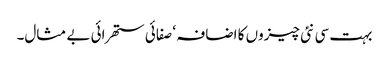
بہت سی نئی چیزوں کا اضافہ ‘ صفائی ستھرائی بے مثال۔